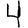
Digit: 4